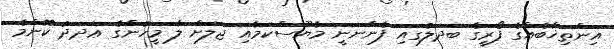
އިންތިޚާބެއްގެ ފޯރީގެ ބަދަލުގައި ފެންނަނީ މާޔޫސްކަމާއި ޖަލަށް ލާ މީހުންގެ ޢަދަދު ކޮންމެ